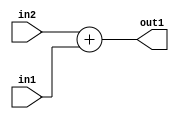
`timescale 1ps / 1ps
/*****************************************************************************
    Verilog RTL Description
    
    
    Created by: Stratus DpOpt 21.05.01 
*******************************************************************************/

module SobelFilter_Add_25Sx14U_25S_1 (
	in2,
	in1,
	out1
	); /* architecture "behavioural" */ 
input [24:0] in2;
input [13:0] in1;
output [24:0] out1;
wire [24:0] asc001;

assign asc001 = 
	+(in2)
	+(in1);

assign out1 = asc001;
endmodule

/* CADENCE  ubHyTA8= : u9/ySxbfrwZIxEzHVQQV8Q== ** DO NOT EDIT THIS LINE ******/